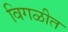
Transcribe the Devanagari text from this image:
विगळीत